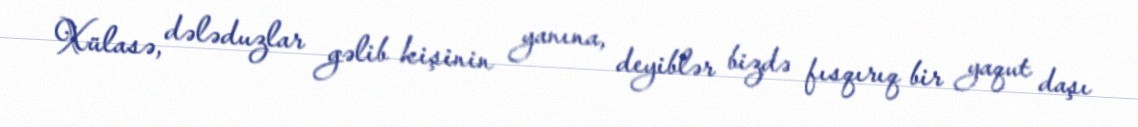
Xülasə, dələduzlar gəlib kişinin yanına, deyiblər bizdə fısqırıq bir yaqut daşı